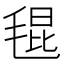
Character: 𣮎